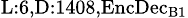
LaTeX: _{\textrm{L}:6,\textrm{D}:1408,\textrm{EncDec}_{\textrm{B}1}}